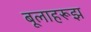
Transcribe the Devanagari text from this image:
बूलाहरूझ